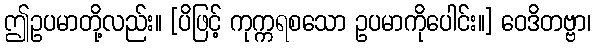
ဤဥပမာတို့လည်း။ [ပိဖြင့် ကုက္ကရစသော ဥပမာကိုပေါင်း။] ဝေဒိတဗ္ဗာ၊